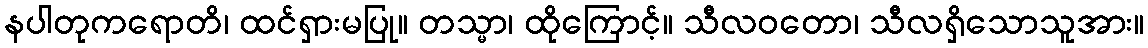
နပါတုကရောတိ၊ ထင်ရှားမပြု။ တသ္မာ၊ ထိုကြောင့်။ သီလဝတော၊ သီလရှိသောသူအား။